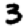
Digit: 3